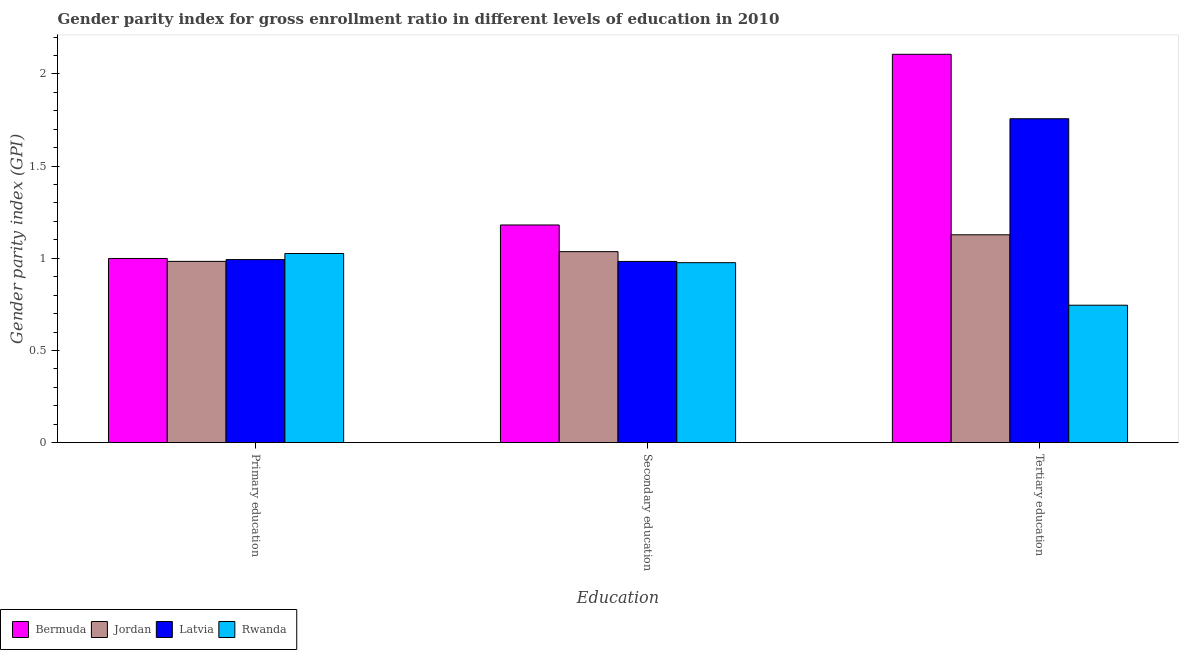
| Education | Bermuda | Jordan | Latvia | Rwanda |
 | --- | --- | --- | --- | --- |
 | Primary education | 0.999 | 0.983 | 0.993 | 1.03 |
 | Secondary education | 1.18 | 1.04 | 0.983 | 0.976 |
 | Tertiary education | 2.11 | 1.13 | 1.76 | 0.745 |